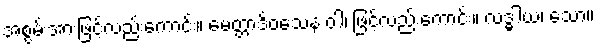
အစွမ်းအားဖြင့်လည်းကောင်း။ မေတ္တာဒိဝသေန ဝါ၊ ဖြင့်လည်းကောင်း။ လဒ္ဓါယ၊ သော။